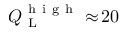
Q _ { \mathrm { ~ L ~ } } ^ { \mathrm { ~ h ~ i ~ g ~ h ~ } } \approx \! 2 0